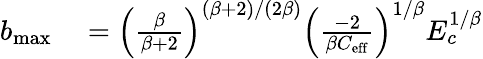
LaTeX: \begin{array}{rl}{b_{\mathrm{max}}}&{{}=\left(\frac{\beta}{\beta+2}\right)^{(\beta+2)/(2\beta)}\left(\frac{-2}{\beta C_{\mathrm{eff}}}\right)^{1/\beta}E_{c}^{1/\beta}}\end{array}